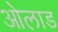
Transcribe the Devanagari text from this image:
ओलाड